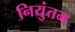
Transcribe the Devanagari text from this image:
नियुंतम